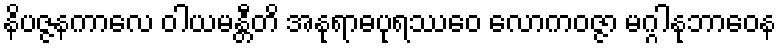
နိပဇ္ဇနကာလေ ဝါယမန္တီတိ အနုရာဓပုရဿေဝ လောကဝဇ္ဇာ မဂ္ဂါနုဘာဝေန